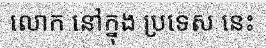
លោក នៅក្នុង ប្រទេស នេះ